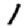
Digit: 1